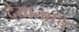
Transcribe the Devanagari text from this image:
देखताचि